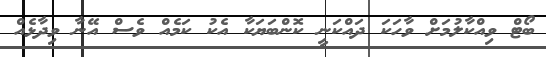
ބޯޓް ވިއްކާލުމަށް ވާހަކަ ދައްކަނީ ކޮންބަޔަކާ އެކު ކަމެއް ވެސް އޭނާ ވިދާޅެއް